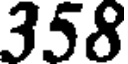
358